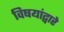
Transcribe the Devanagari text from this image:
विषयांद्वारे